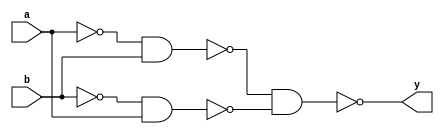
module XorGate(y, a, b);

output y;
input a,b;

wire p, q, r, s;

nand(p,a,a);
nand(q,b,b);

nand(r,p,b);
nand(s,q,a);

nand(y,r,s);

endmodule